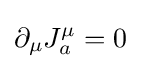
\partial _{\mu }J_{a}^{\mu }=0